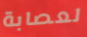
لعصابة